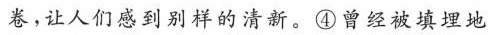
卷，让人们感到别样的清新。④曾经被填埋地